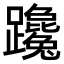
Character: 𨇩